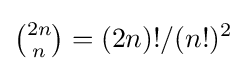
{\tbinom {2n}{n}}=(2n)!/(n!)^{2}